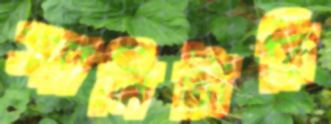
স্যানিটারি